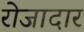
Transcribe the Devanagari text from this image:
रोजादार